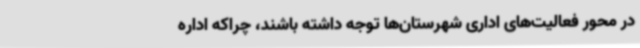
در محور فعالیت‌های اداری شهرستان‌ها توجه داشته باشند، چراکه اداره